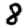
Digit: 8